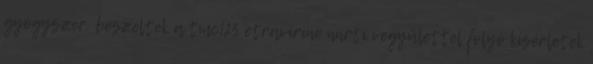
gyógyszer. beszéltek a tmc125 etravirine nnrti vegyülettel folyó kísérletek